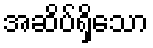
အဆိပ်ရှိသော